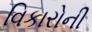
વિકારોની